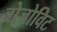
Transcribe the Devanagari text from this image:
ब्रोजोविट